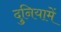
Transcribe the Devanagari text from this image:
दुनियामें